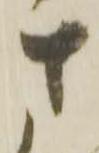
さ